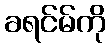
ခရင်မ်ကို